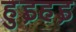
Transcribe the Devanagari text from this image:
हुइहइ